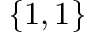
\{ 1 , 1 \}